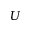
U